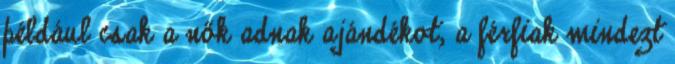
például csak a nők adnak ajándékot, a férfiak mindezt